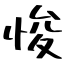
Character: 悛